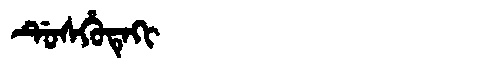
Manchu: ᡩᡠᠰᡥᡠᡨᡝᡴᡳ
Romanization: DUSHUTEKI